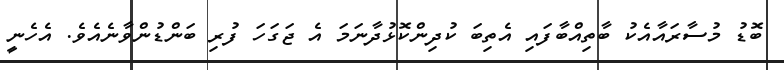
ބޮޑު މުސާރައާއެކު ބާތިއްބާފައި އެތިބަ ކުދިންކޮޅުދާނަމަ އެ ޖަގަހަ ފުރި ބަންޑުންވާނެއެވެ. އެހެނީ